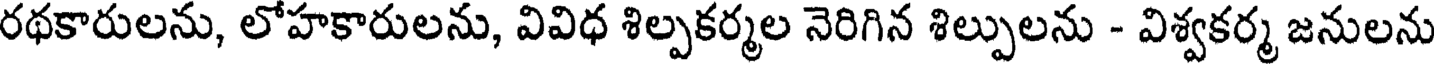
రథకారులను, లోహకారులను, వివిధ శిల్పకర్మల నెరిగిన శిల్పులను - విశ్వకర్మ జనులను